Source: Handwritten
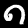
Digit: ၈ (8)